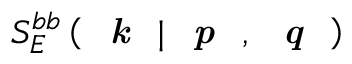
S _ { E } ^ { b b } \left( \textit { \textbf { k } } | \textit { \textbf { p } } , \textit { \textbf { q } } \right)